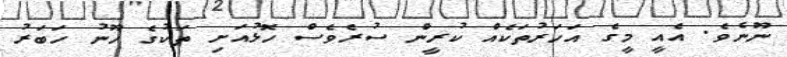
ނޫނެވެ. އެއީ މީގެ އަހަރުތަކެއް ކުރީން ސުރެވެސް ހޮޅުއަށި ތަކުގެ ހޫނު ހަބަރު